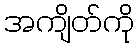
အကျိတ်ကို